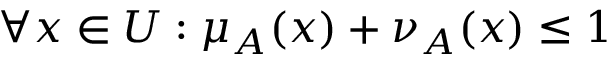
\forall x \in U : \mu _ { A } ( x ) + \nu _ { A } ( x ) \leq 1